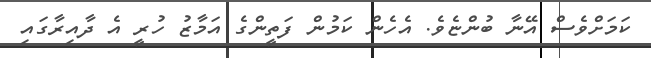
ކަމަށްވެސް އޭނާ ބުންޏެވެ. އެހެން ކަމުން ފަތީންގެ އަމާޒު ހުރީ އެ ދާއިރާގައި